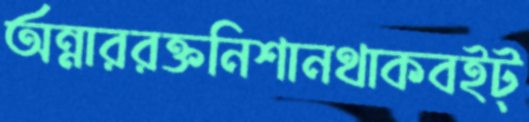
অন্নাররক্তনিশানথাকবইট্